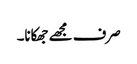
صرف مجھے جھکانا۔